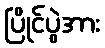
ပြိုင်ပွဲအား